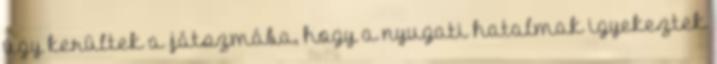
úgy kerültek a játszmába, hogy a nyugati hatalmak igyekeztek